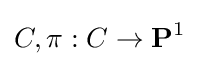
C,\pi :C\to \mathbf {P} ^{1}